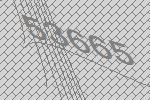
53665